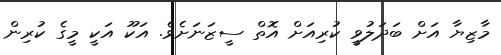
މާޒިޔާ އަށް ބަދަލުވީ ކުރިއަށް އޮތް ސީޒަނަށެވެ. އަކޫ އަކީ މީގެ ކުރިން